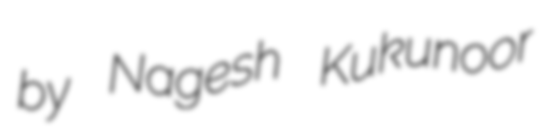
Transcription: by Nagesh Kukunoor